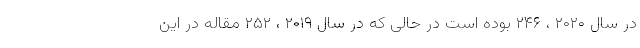
در سال ۲۰۲۰ ، ۲۴۶ بوده است در حالی که در سال ۲۰۱۹ ، ۲۵۲ مقاله در این